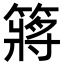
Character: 䉃